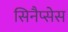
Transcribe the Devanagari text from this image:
सिनैप्सेस